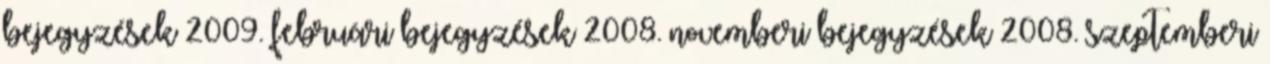
bejegyzések 2009. februári bejegyzések 2008. novemberi bejegyzések 2008. szeptemberi